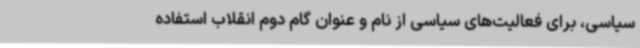
سیاسی، برای فعالیت‌های سیاسی از نام و عنوان گام دوم انقلاب استفاده